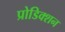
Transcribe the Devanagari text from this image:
प्रोडिक्शन